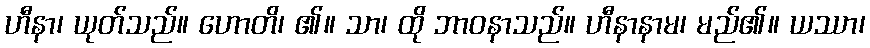
ဟီနာ၊ ယုတ်သည်။ ဟောတိ၊ ၏။ သာ၊ ထို ဘာဝနာသည်။ ဟီနာနာမ၊ မည်၏။ ယဿာ၊